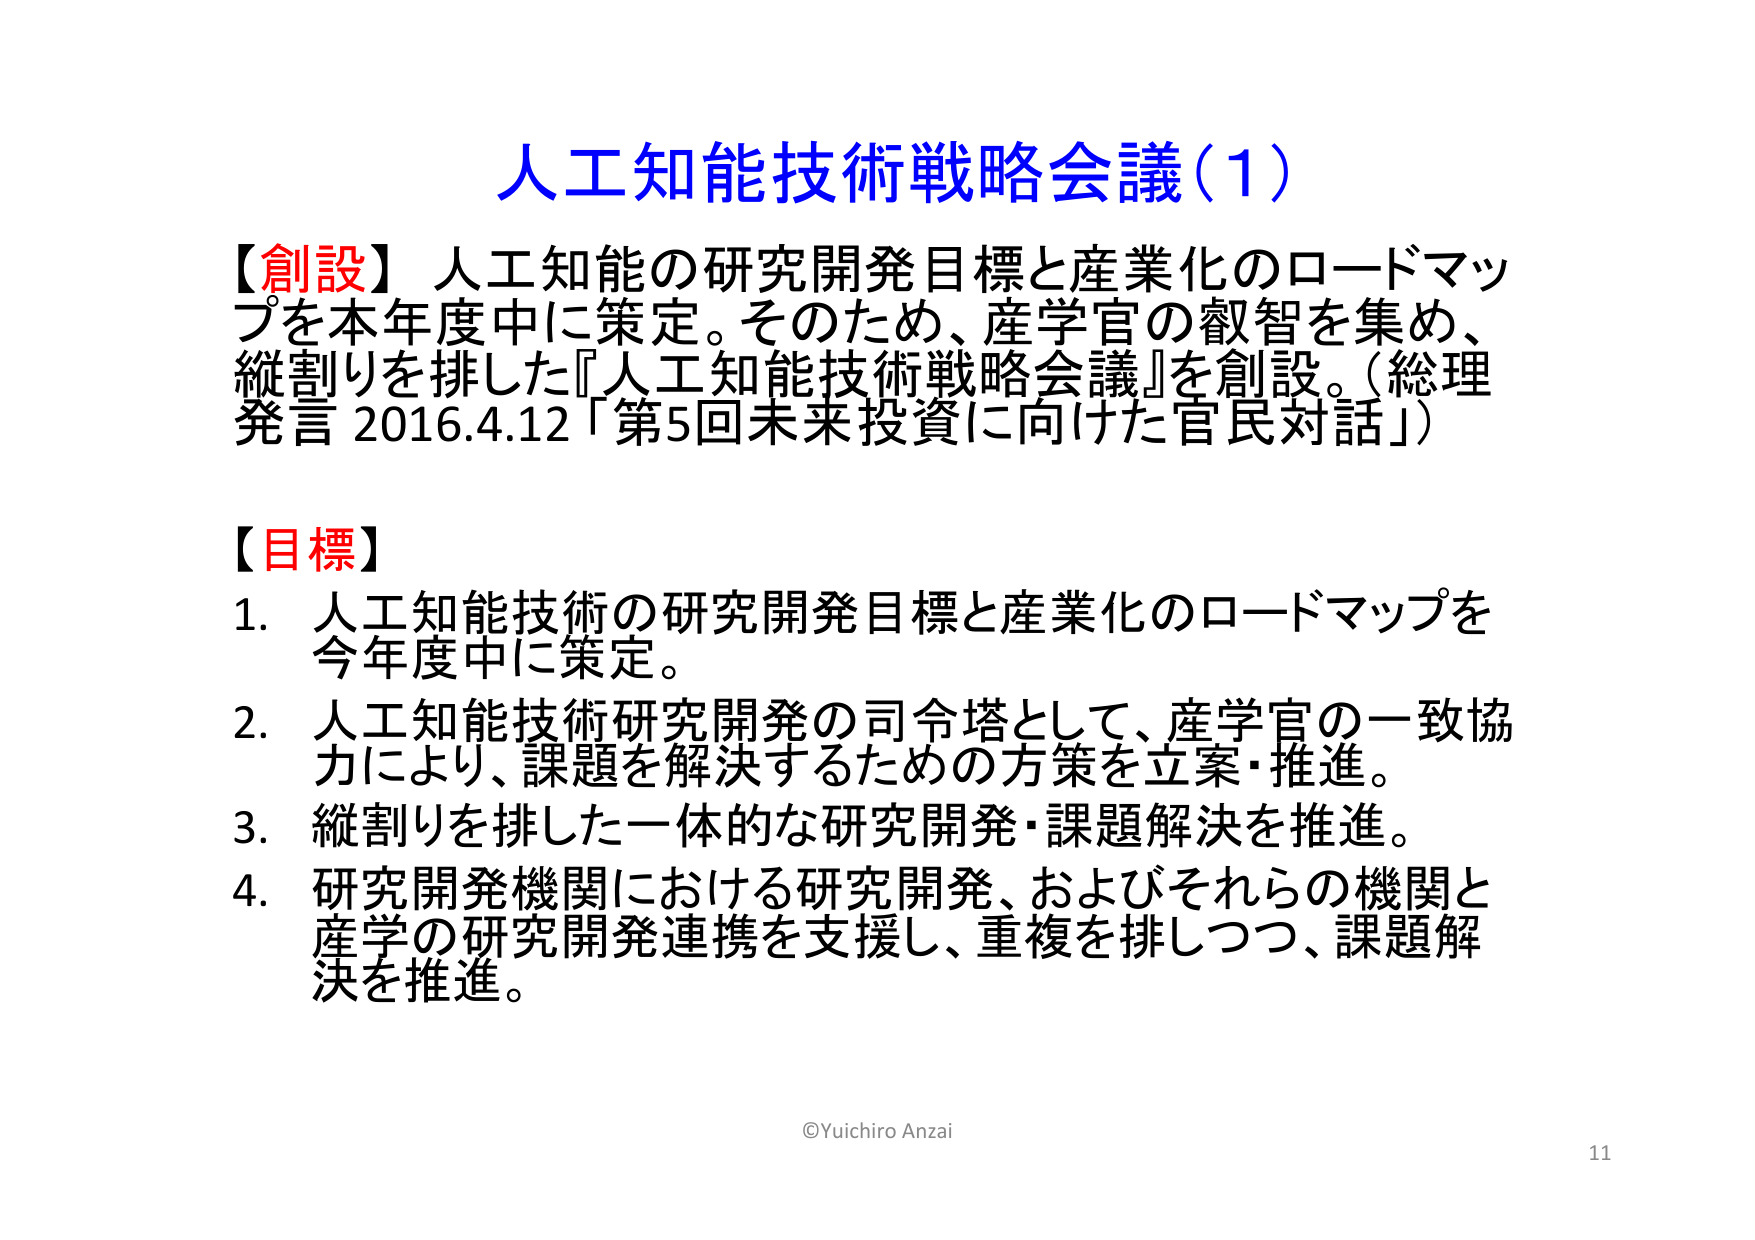
人工知能技術戦略会議（1）

【創設】人工知能の研究開発目標と産業化のロードマップを本年度中に策定。そのため、産学官の叡智を集め、縦割りを排した『人工知能技術戦略会議』を創設。（総理発言 2016.4.12「第5回未来投資に向けた官民対話」）

【目標】
1. 人工知能技術の研究開発目標と産業化のロードマップを今年度中に策定。
2. 人工知能技術研究開発の司令塔として、産学官の一致協力により、課題を解決するための方策を立案・推進。
3. 縦割りを排した一体的な研究開発・課題解決を推進。
4. 研究開発機関における研究開発、およびそれらの機関と産学の研究開発連携を支援し、重複を排しつつ、課題解決を推進。

©Yuichiro Anzai
11